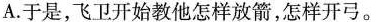
A.于是，飞卫开始教他怎样放箭，怎样开弓。